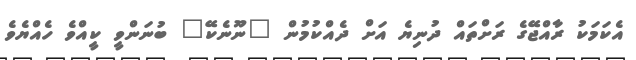
އެކަމަކު ރާއްޖޭގެ ރަށްތައް ދުނިޔެ އަށް ދެއްކުމުން "ނޫނެކޭ" ބުނަންވީ ކީއްވެ ހެއްޔެވެ